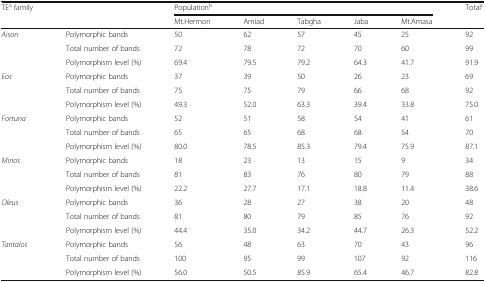
| TEa family |  | <COLSPAN=5> Populationb | Totalc |
 |  |  | Mt.Hermon | Amiad | Tabgha | Jaba | Mt.Amasa |  |
 | --- | --- | --- | --- | --- | --- | --- | --- |
 | <ROWSPAN=3> Aison | Polymorphic bands | 50 | 62 | 57 | 45 | 25 | 92 |
 | Total number of bands | 72 | 78 | 72 | 70 | 60 | 99 |
 | Polymorphism level (%) | 69.4 | 79.5 | 79.2 | 64.3 | 41.7 | 91.9 |
 | <ROWSPAN=3> Eos | Polymorphic bands | 37 | 39 | 50 | 26 | 23 | 69 |
 | Total number of bands | 75 | 75 | 79 | 66 | 68 | 92 |
 | Polymorphism level (%) | 49.3 | 52.0 | 63.3 | 39.4 | 33.8 | 75.0 |
 | <ROWSPAN=3> Fortuna | Polymorphic bands | 52 | 51 | 58 | 54 | 41 | 61 |
 | Total number of bands | 65 | 65 | 68 | 68 | 54 | 70 |
 | Polymorphism level (%) | 80.0 | 78.5 | 85.3 | 79.4 | 75.9 | 87.1 |
 | <ROWSPAN=3> Minos | Polymorphic bands | 18 | 23 | 13 | 15 | 9 | 34 |
 | Total number of bands | 81 | 83 | 76 | 80 | 79 | 88 |
 | Polymorphism level (%) | 22.2 | 27.7 | 17.1 | 18.8 | 11.4 | 38.6 |
 | <ROWSPAN=3> Oleus | Polymorphic bands | 36 | 28 | 27 | 38 | 20 | 48 |
 | Total number of bands | 81 | 80 | 79 | 85 | 76 | 92 |
 | Polymorphism level (%) | 44.4 | 35.0 | 34.2 | 44.7 | 26.3 | 52.2 |
 | <ROWSPAN=3> Tantalos | Polymorphic bands | 56 | 48 | 63 | 70 | 43 | 96 |
 | Total number of bands | 100 | 95 | 99 | 107 | 92 | 116 |
 | Polymorphism level (%) | 56.0 | 50.5 | 85.9 | 65.4 | 46.7 | 82.8 |